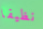
نظيفا